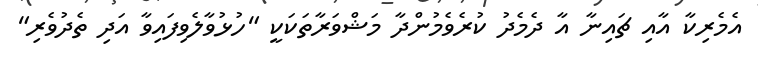
އެމެރިކާ އާއި ޗައިނާ އާ ދެމެދު ކުރެވެމުންދާ މަޝްވަރާތަކަކީ "ހުޅުވާލެވިފައިވާ އަދި ތެދުވެރި"